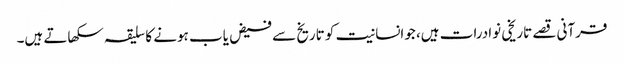
قرآنی قصے تاریخی نوادرات ہیں، جوانسانیت کو تاریخ سے فیض یاب ہونے کا سلیقہ سکھاتے ہیں۔